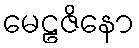
မေဠဇိနော